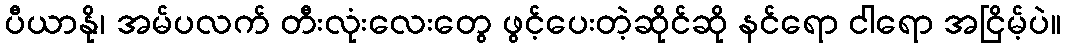
ပီယာနို၊ အမ်ပလက် တီးလုံးလေးတွေ ဖွင့်ပေးတဲ့ဆိုင်ဆို နင်ရော ငါရော အငြိမ့်ပဲ။